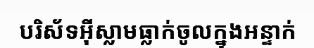
បរិស័ទអ៊ីស្លាមធ្លាក់ចូលក្នុងអន្ទាក់